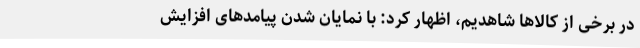
در برخی از کالاها شاهدیم، اظهار کرد: با نمایان شدن پیامدهای افزایش